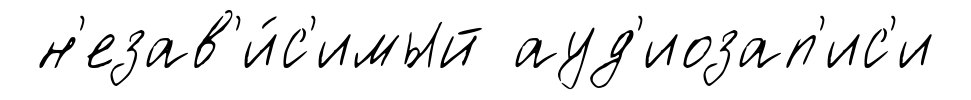
н'езав'и́с'имый ауд'иозап'ис'и